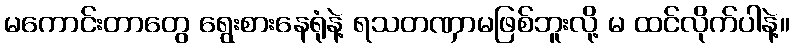
မကောင်းတာတွေ ရွေးစားနေရုံနဲ့ ရသတဏှာမဖြစ်ဘူးလို့ မ ထင်လိုက်ပါနဲ့။